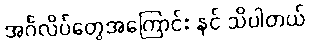
အင်္ဂလိပ်တွေအကြောင်း နင် သိပါတယ်